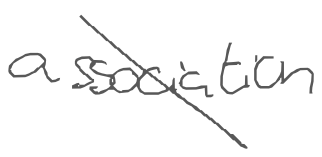
Text: association
Cross-out: mix
Writing tool: digital_gray